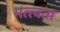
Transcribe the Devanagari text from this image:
मत्त्वता